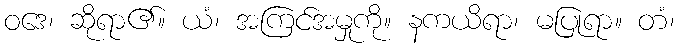
ဝဒေ၊ ဆိုရာ၏။ ယံ၊ အကြင်အမှုကို။ နကယိရာ၊ မပြုရာ။ တံ၊